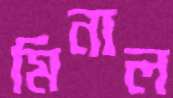
মিনাল